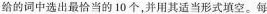
给的词中选出最恰当的 10 个,并用其适当形式填空。每